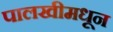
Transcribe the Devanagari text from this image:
पालखीमधून